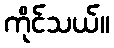
ကိုင်သယ်။